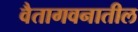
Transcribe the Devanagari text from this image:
वैतागवनातील